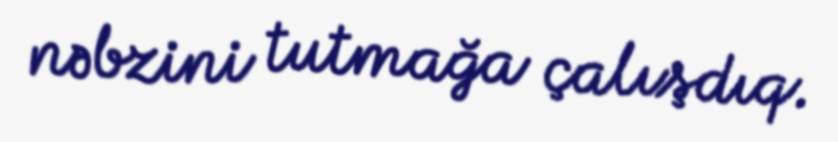
nəbzini tutmağa çalışdıq.